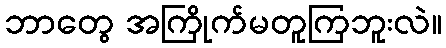
ဘာတွေ အကြိုက်မတူကြဘူးလဲ။